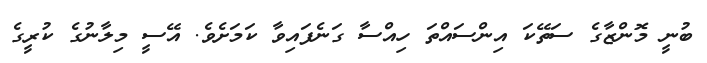
ބުނީ މޮންޒާގެ ސަތޭކަ އިންސައްތަ ހިއްސާ ގަނެފައިވާ ކަމަށެވެ. އޭސީ މިލާނުގެ ކުރީގެ